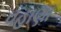
વહાણા